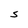
Character: S